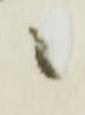
ニ